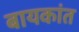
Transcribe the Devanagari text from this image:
बायकांत